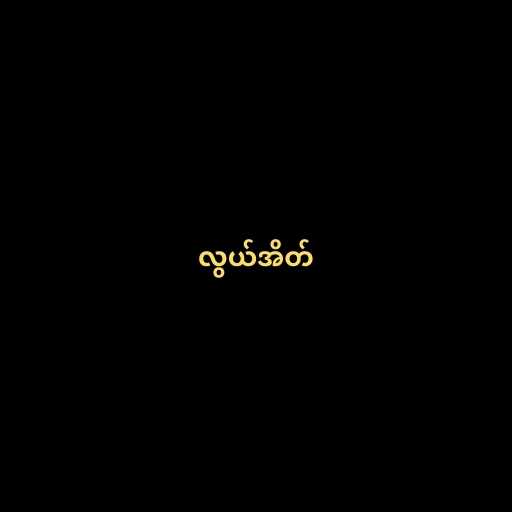
လွယ်အိတ်